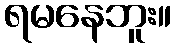
ရမနေဘူး။